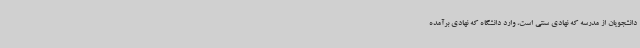
دانشجویان از مدرسه که نهادی سنتی است، وارد دانشگاه که نهادی برآمده